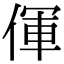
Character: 㑮